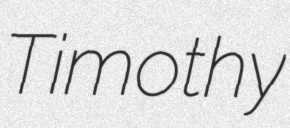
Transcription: Timothy